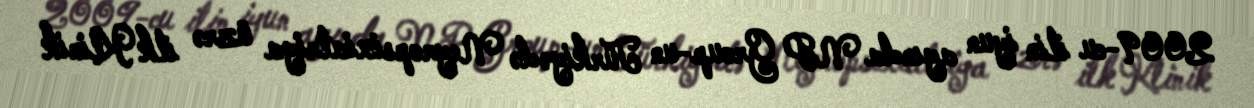
2009-cu ilin iyun ayında NP Group-un Türkiyədə Neyropsixiatriya üzrə ilk Klinik